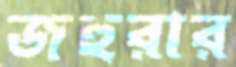
জহুরার